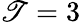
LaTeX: \mathscr{T}=3